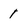
Character: 1